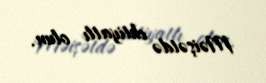
Məişətdə ehtiyatlı olun.